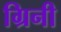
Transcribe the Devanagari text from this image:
ग्रिनी